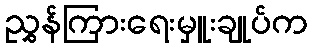
ညွှန်ကြားရေးမှူးချုပ်က